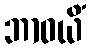
ဘာဝယိံ